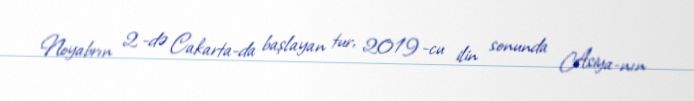
Noyabrın 2 -də Cakarta-da başlayan tur, 2019 -cu ilin sonunda Asiya-nın